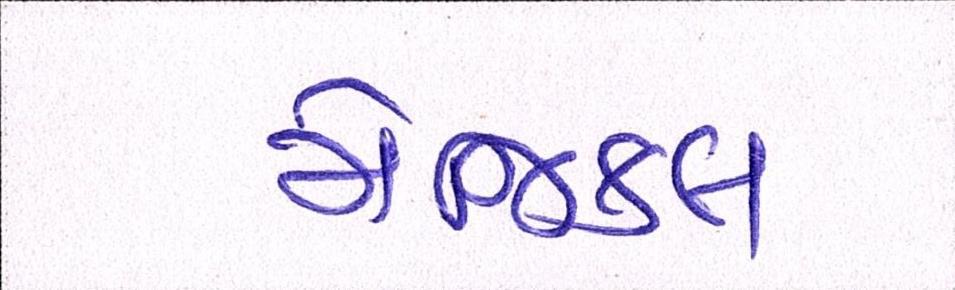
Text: મેજિકલ